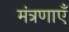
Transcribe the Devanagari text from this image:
मंत्रणाएँ